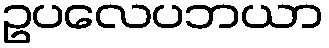
ဥပလေပဘယာ